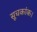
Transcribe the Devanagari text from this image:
सूचकांक।